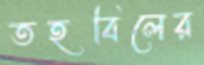
তহবিলের